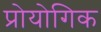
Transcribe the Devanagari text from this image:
प्रोयोगिक